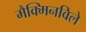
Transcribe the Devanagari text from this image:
मैक्मिनविले